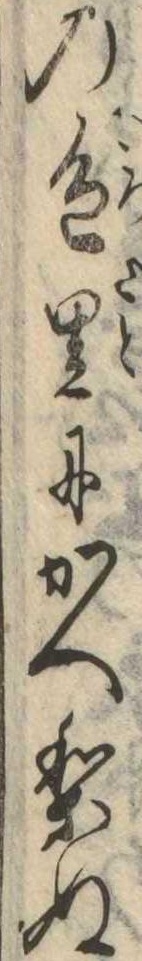
の色里にかへりぬ